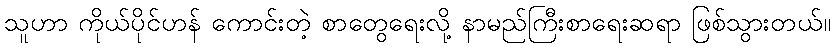
သူဟာ ကိုယ်ပိုင်ဟန် ကောင်းတဲ့ စာတွေရေးလို့ နာမည်ကြီးစာရေးဆရာ ဖြစ်သွားတယ်။